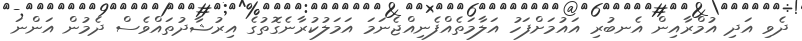
ދެވި އަދި އުމްރާއިން އެނބުރި އައުމަށްފަހު އަލާމަތެއްފެނިއްޖެނަމަ އަމަލުކުރާނެގޮތުގެ އިރުޝާދުތައްވެސް ދެމުން އަންނަ